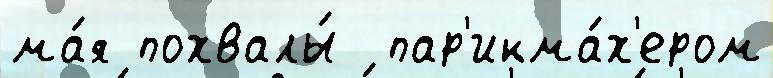
ма́я похвалы́  пар'икма́х'ером